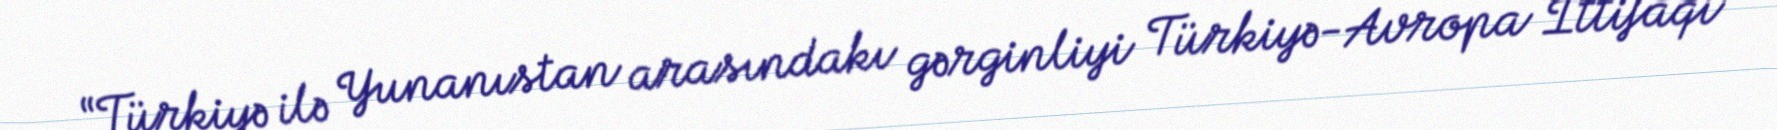
“Türkiyə ilə Yunanıstan arasındakı gərginliyi Türkiyə-Avropa İttifaqı